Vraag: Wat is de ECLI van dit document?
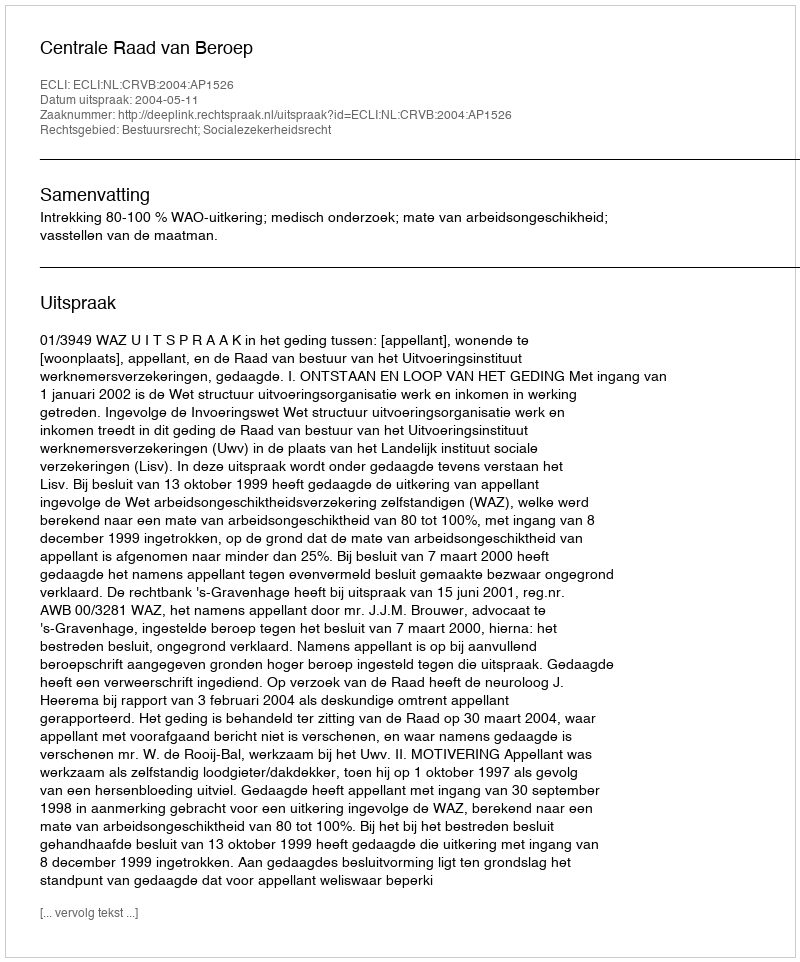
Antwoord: ECLI:NL:CRVB:2004:AP1526